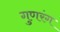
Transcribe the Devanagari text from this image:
गुणरंग